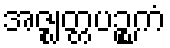
အဇ္ဈတ္တပဉ္စကံ